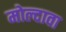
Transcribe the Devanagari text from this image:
मोल्दावा